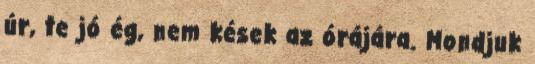
úr, te jó ég, nem kések az órájára. Mondjuk